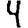
Digit: 4